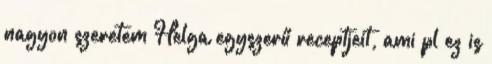
nagyon szeretem Helga egyszerű receptjeit, ami pl ez is